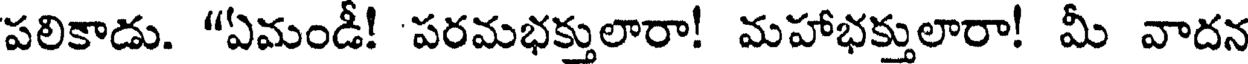
పలికాడు. "ఏమండీ! పరమభక్తులారా! మహాభక్తులారా! మీ వాదన